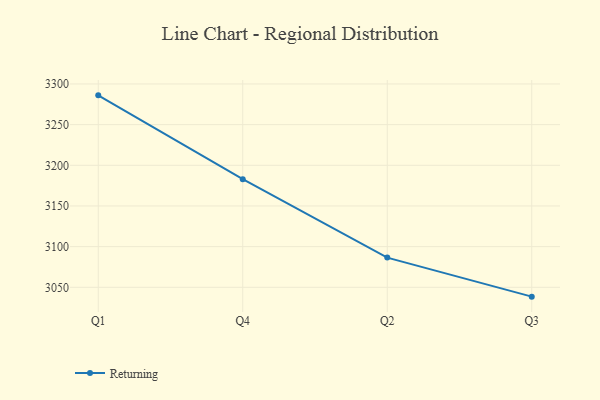
{"axis": {"x": "Quarter", "y": "Latency (ms)"}, "legend": ["Returning"], "data": [{"x": "Q1", "y": 3286.0, "type": "Returning"}, {"x": "Q4", "y": 3182.9, "type": "Returning"}, {"x": "Q2", "y": 3086.5, "type": "Returning"}, {"x": "Q3", "y": 3038.5, "type": "Returning"}]}